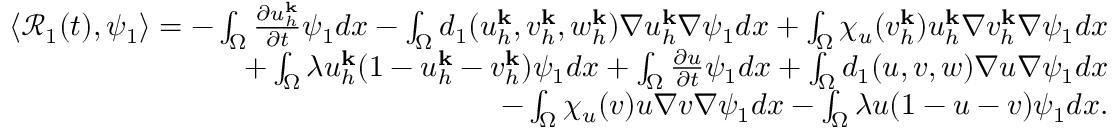
\begin{array} { r } { \langle \mathcal { R } _ { 1 } ( t ) , \psi _ { 1 } \rangle = - \int _ { \Omega } \frac { \partial u _ { h } ^ { \mathbf { k } } } { \partial t } \psi _ { 1 } d x - \int _ { \Omega } d _ { 1 } ( u _ { h } ^ { \mathbf { k } } , v _ { h } ^ { \mathbf { k } } , w _ { h } ^ { \mathbf { k } } ) \nabla u _ { h } ^ { \mathbf { k } } \nabla \psi _ { 1 } d x + \int _ { \Omega } \chi _ { u } ( v _ { h } ^ { \mathbf { k } } ) u _ { h } ^ { \mathbf { k } } \nabla v _ { h } ^ { \mathbf { k } } \nabla \psi _ { 1 } d x } \\ { + \int _ { \Omega } \lambda u _ { h } ^ { \mathbf { k } } ( 1 - u _ { h } ^ { \mathbf { k } } - v _ { h } ^ { \mathbf { k } } ) \psi _ { 1 } d x + \int _ { \Omega } \frac { \partial u } { \partial t } \psi _ { 1 } d x + \int _ { \Omega } d _ { 1 } ( u , v , w ) \nabla u \nabla \psi _ { 1 } d x } \\ { - \int _ { \Omega } \chi _ { u } ( v ) u \nabla v \nabla \psi _ { 1 } d x - \int _ { \Omega } \lambda u ( 1 - u - v ) \psi _ { 1 } d x . } \end{array}